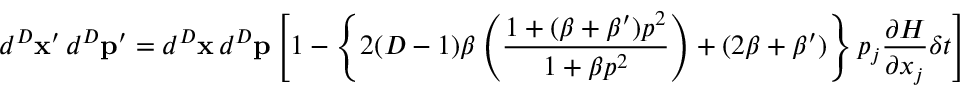
d ^ { D } \mathbf { x } ^ { \prime } \, d ^ { D } \mathbf { p } ^ { \prime } = d ^ { D } \mathbf { x } \, d ^ { D } \mathbf { p } \left[ 1 - \left\{ 2 ( D - 1 ) \beta \left( \frac { 1 + ( \beta + \beta ^ { \prime } ) p ^ { 2 } } { 1 + \beta p ^ { 2 } } \right) + ( 2 \beta + \beta ^ { \prime } ) \right\} p _ { j } \frac { \partial H } { \partial x _ { j } } \delta t \right] \; .